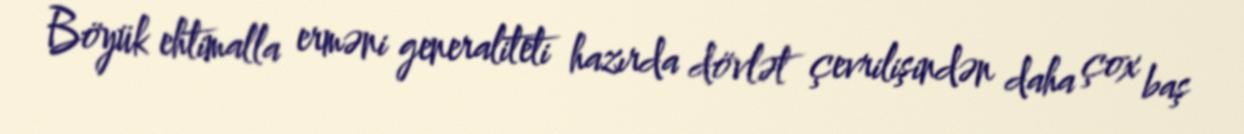
Böyük ehtimalla erməni generaliteti hazırda dövlət çevrilişindən daha çox baş